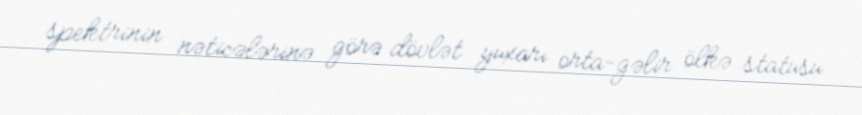
spektrinin nəticələrinə görə dövlət yuxarı orta-gəlir ölkə statusu